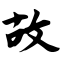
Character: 故